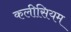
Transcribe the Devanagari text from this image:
कलीसियम